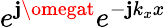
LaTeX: {e^{\mathbf{j}\omegat}}{e^{-\mathbf{j}{k_{x}}x}}